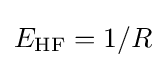
E_{\rm {HF}}=1/R